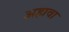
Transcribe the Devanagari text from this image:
अहावा